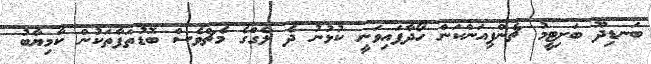
ބަނޑިދޫ ބަށިޓީމު ޗެންޕިއަންކަން ހޯދާފައިވަނީ ކުޅުނު ދެ ލެގްގެ މެޗްވެސް ބޮޑުތަފާތަކުން ކާމިޔާބު